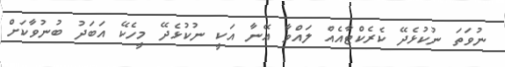
ނުވަތަ ނުކުޅެދޭ ކެރެކްޓާއެއް ލައްވާ އޭނާ އަކީ ނުކުޅެދޭ މީހެކޭ އަބަދު ބުނުވާކަށް